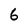
Character: 6